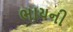
ભાયની